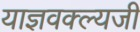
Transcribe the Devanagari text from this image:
याज्ञवक्ल्यजी